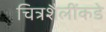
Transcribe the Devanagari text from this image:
चित्रशैलींकडे